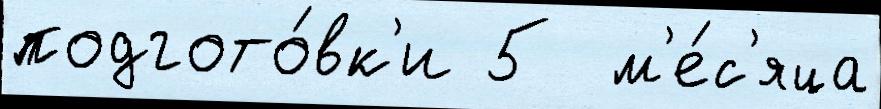
подгото́вк'и 5  м'е́с'яца